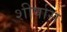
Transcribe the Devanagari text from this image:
शीर्षास